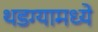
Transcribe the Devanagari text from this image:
थडग्यामध्ये